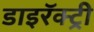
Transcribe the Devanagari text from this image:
डाइरॅक्ट्री